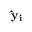
\mathbf { \hat { y } _ { i } }